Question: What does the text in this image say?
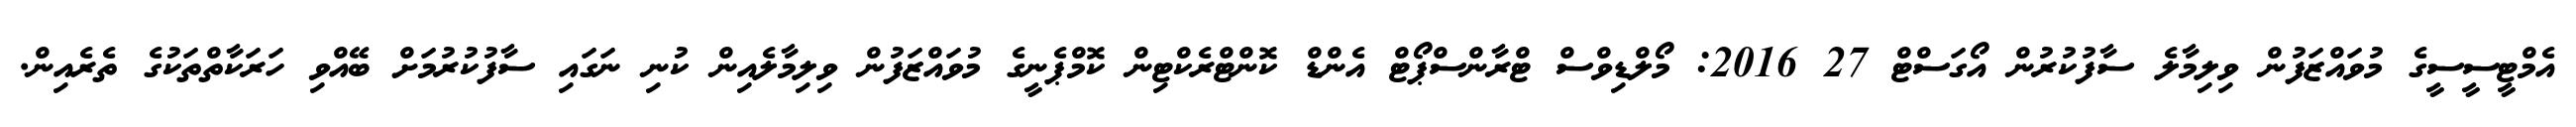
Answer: އެމްޓީސީސީގެ މުވައްޒަފުން ވިލިމާލެ ސާފުކުރުން އޯގަސްޓް 27 2016: މޯލްޑިވްސް ޓްރާންސްޕޯޓް އެންޑް ކޮންޓްރެކްޓިން ކޮމްޕެނީގެ މުވައްޒަފުން ވިލިމާލެއިން ކުނި ނަގައި ސާފުކުރުމަށް ބޭއްވި ހަރަކާތްތަކުގެ ތެރެއިން.